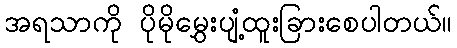
အရသာကို ပိုမိုမွှေးပျံ့ထူးခြားစေပါတယ်။